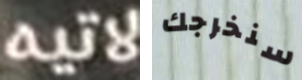
لاتيه سنخرجك